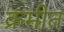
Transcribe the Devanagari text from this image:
क्रमीत